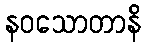
နဝသောတာနိ